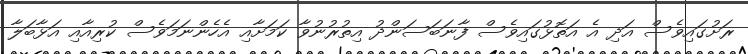
ރަށުގައިވެސް އަދި އެ އަތޮޅުގައިވެސް ފާނަބަސަންދު އިތުރުނުވާ ކަމަށާއި އެހެންނަމަވެސް ކުރިއާއި އަޅާބަލާ